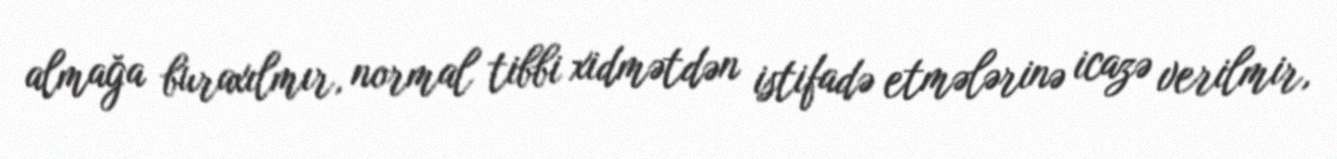
almağa buraxılmır, normal tibbi xidmətdən istifadə etmələrinə icazə verilmir,